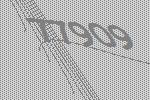
77909